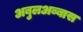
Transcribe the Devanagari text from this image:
अबुलअब्बास